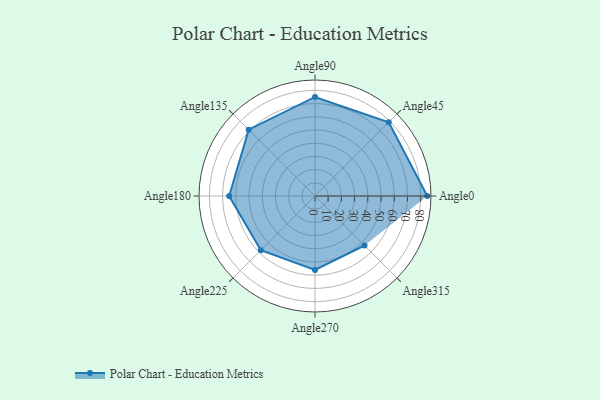
{"axis": {"x": "Angle", "y": "Radius"}, "legend": [""], "data": [{"x": "Angle0", "y": 85.0, "type": ""}, {"x": "Angle45", "y": 79.0, "type": ""}, {"x": "Angle90", "y": 75.0, "type": ""}, {"x": "Angle135", "y": 71.0, "type": ""}, {"x": "Angle180", "y": 65.0, "type": ""}, {"x": "Angle225", "y": 58.0, "type": ""}, {"x": "Angle270", "y": 56.0, "type": ""}, {"x": "Angle315", "y": 53.0, "type": ""}]}